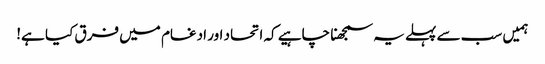
ہمیں سب سے پہلے یہ سمجھنا چاہیے کہ اتحاد اور ادغام میں فرق کیا ہے!